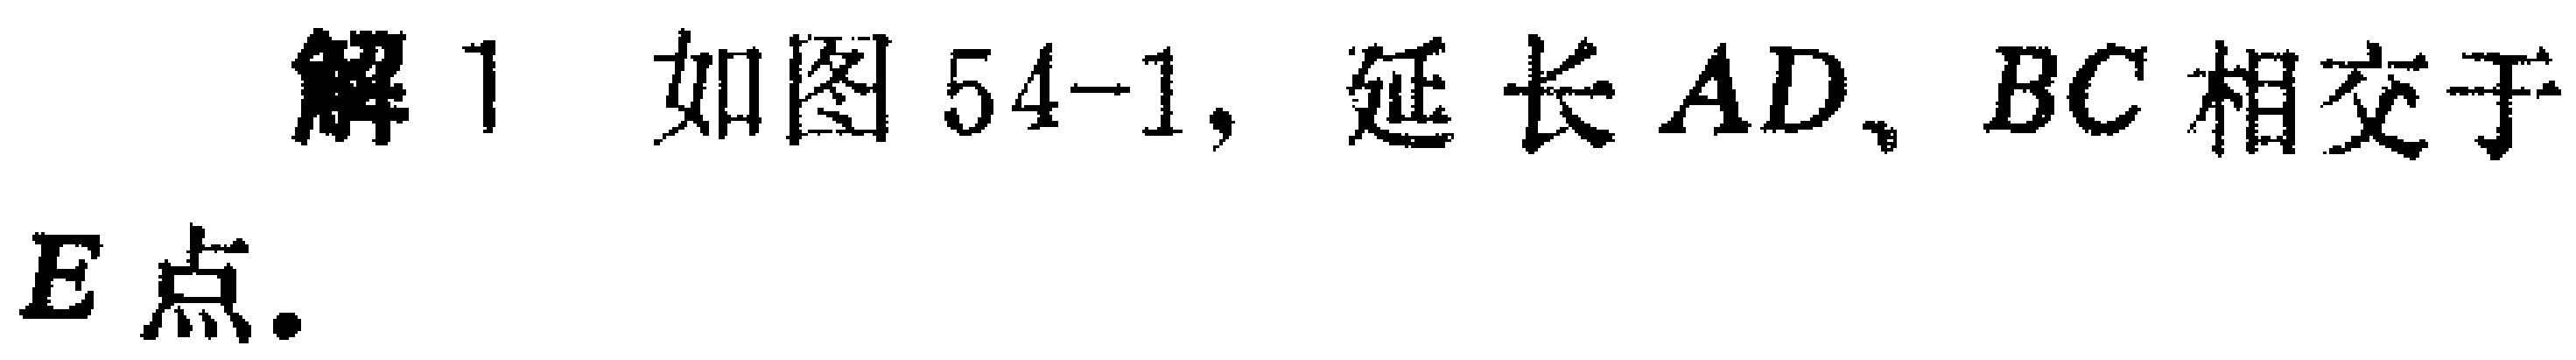
解1 如图54-1，延长 \(AD,BC\) 相交于 \(E\) 点.